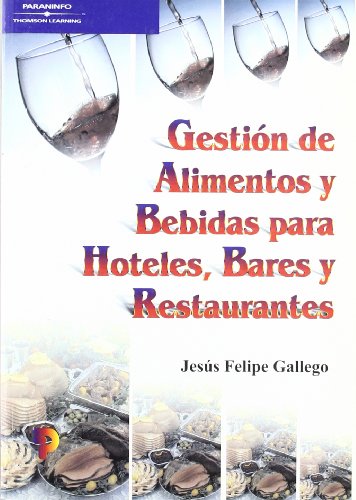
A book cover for Gestion de Alimentos y Bebidas Para Hoteles, Bares y Restaurantes (Spanish Edition); Jesus Felipe Gallego; Travel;